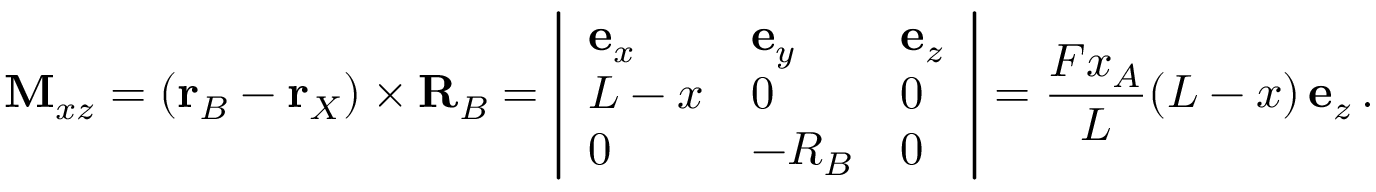
\mathbf { M } _ { x z } = ( \mathbf { r } _ { B } - \mathbf { r } _ { X } ) \times \mathbf { R } _ { B } = \left| { \begin{array} { l l l } { \mathbf { e } _ { x } } & { \mathbf { e } _ { y } } & { \mathbf { e } _ { z } } \\ { L - x } & { 0 } & { 0 } \\ { 0 } & { - R _ { B } } & { 0 } \end{array} } \right| = { \frac { F x _ { A } } { L } } ( L - x ) \, \mathbf { e } _ { z } \, .